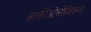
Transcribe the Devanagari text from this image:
आर्कीओलोजिकल